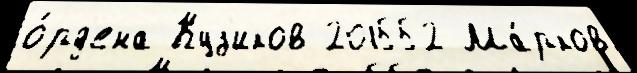
о́рд'ена Куз'иков 201552 Ма́рков